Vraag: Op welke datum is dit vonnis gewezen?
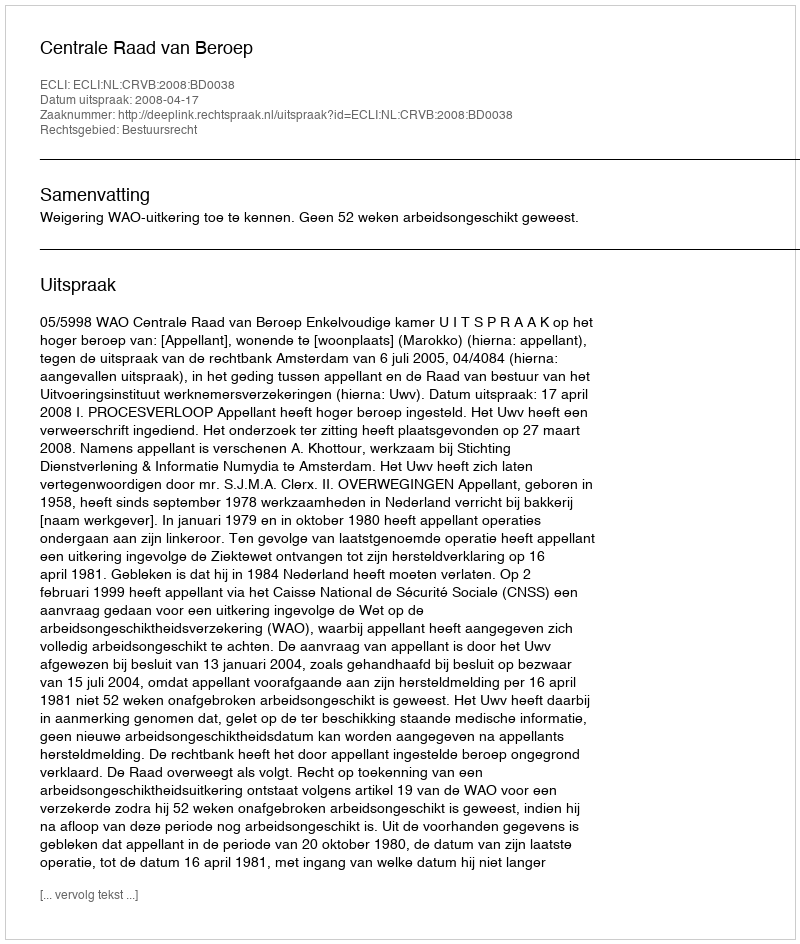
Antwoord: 2008-04-17